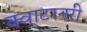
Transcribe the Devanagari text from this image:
क्वाटरनरी